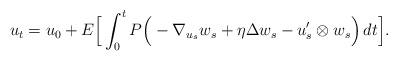
LaTeX: \begin{align*} u_t &= u_0 + E\Big[ \int_0^t P\Big( -\nabla_{u_s} w_s + \eta\Delta w_s - u_s'\otimes w_s\Big)\,dt \Big].\end{align*}